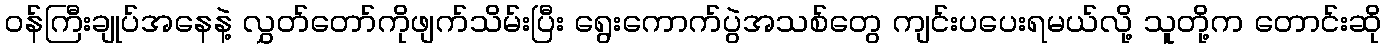
ဝန်ကြီးချုပ်အနေနဲ့ လွှတ်တော်ကိုဖျက်သိမ်းပြီး ရွေးကောက်ပွဲအသစ်တွေ ကျင်းပပေးရမယ်လို့ သူတို့က တောင်းဆို